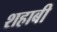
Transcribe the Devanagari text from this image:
शहाबी